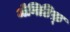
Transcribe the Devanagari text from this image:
जेनिटिफ़्